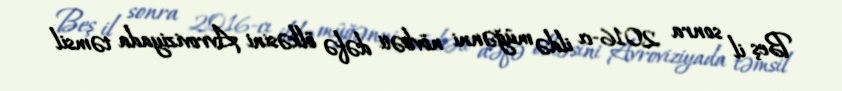
Beş il sonra 2016-cı ildə müğənni növbəti dəfə ölkəsini Avroviziyada təmsil